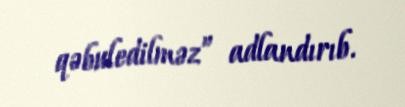
qəbuledilməz” adlandırıb.